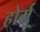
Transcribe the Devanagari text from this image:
होर्म